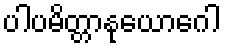
ပါပမိတ္တာနုယောဂေါ